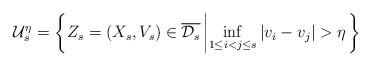
LaTeX: \begin{align*}\mathcal{U}_s^\eta = \left\{ Z_s = \left(X_s,V_s\right)\in\overline{\mathcal{D}_s} \left|\inf_{1\leq i < j \leq s} \left| v_i - v_j \right| > \eta \right. \right\}\end{align*}